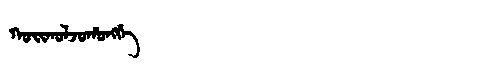
Manchu: ᡴᠣᡳᡴᠣᠯᠵᠣᡥᠣᠩᡤᡝ
Romanization: KOIKOLJOHONGGE